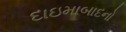
દાઇમાબાદનો